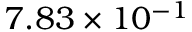
7 . 8 3 \times 1 0 ^ { - 1 }